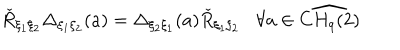
\check { R } _ { \xi _ { 1 } \xi _ { 2 } } \Delta _ { \xi _ { 1 } \xi _ { 2 } } ( a ) = \Delta _ { \xi _ { 2 } \xi _ { 1 } } ( a ) { \check { R } } _ { \xi _ { 1 } \xi _ { 2 } } \forall a \in \widehat { C H _ { q } ( 2 ) } \nonumber